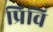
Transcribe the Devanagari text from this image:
प्रिवि